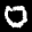
Label: 0